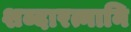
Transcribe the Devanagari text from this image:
शब्दारत्नानि